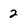
Character: 2